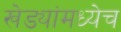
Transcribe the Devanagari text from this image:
खेड्यांमध्येच